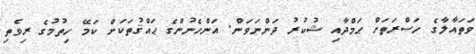
ވަތައާލާގެ ހަޞްރަތަށް ޙަމްދާއި ޝުކުރު ދަންނަވަން. އަންހެނުންގެ ޙައްޤުތަކަށް ކަމޭ ހިތުމުގެ ރިވެތި